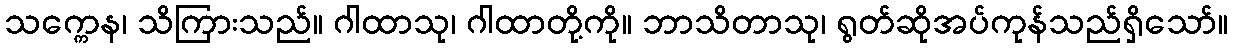
သက္ကေန၊ သိကြားသည်။ ဂါထာသု၊ ဂါထာတို့ကို။ ဘာသိတာသု၊ ရွတ်ဆိုအပ်ကုန်သည်ရှိသော်။